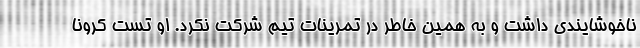
ناخوشایندی داشت و به همین خاطر در تمرینات تیم شرکت نکرد. او تست کرونا